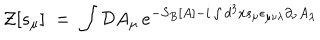
{ \mathcal Z } [ s _ { \mu } ] \; = \; \int { \mathcal D } A _ { \mu } \, e ^ { - S _ { B } [ A ] - i \int d ^ { 3 } x s _ { \mu } \epsilon _ { \mu \nu \lambda } \partial _ { \nu } A _ { \lambda } }